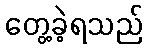
တွေ့ခဲ့ရသည်